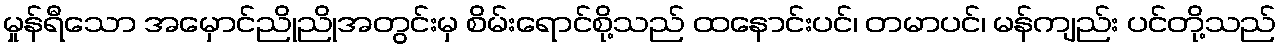
မှုန်ရီသော အမှောင်ညိုညိုအတွင်းမှ စိမ်းရောင်စို့သည် ထနောင်းပင်၊ တမာပင်၊ မန်ကျည်း ပင်တို့သည်